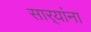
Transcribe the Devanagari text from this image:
सार्‍यांना